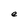
Character: e